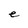
Character: e